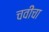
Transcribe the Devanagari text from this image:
चवींचा